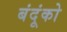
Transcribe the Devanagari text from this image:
बंदूंको